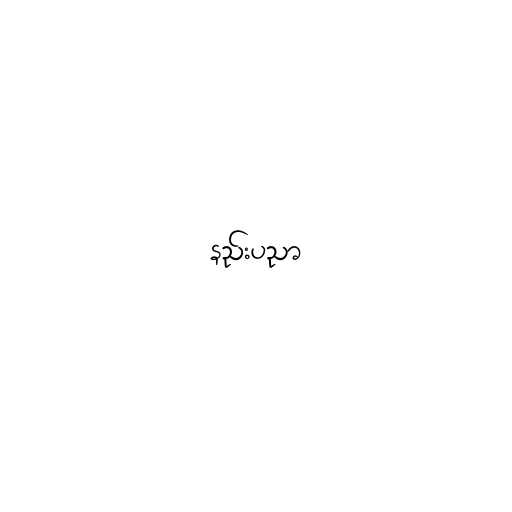
နည်းပညာ